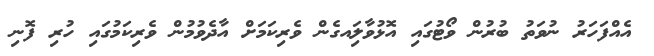
އެއްފަހަރު ނުވަތު ބުރުން ވޯޓުގައި އޮޅުވާލަިއގެން ވެރިކަމަށް އާދެވުމުން ވެރިކަމުގައި ހުރި ފޮނި